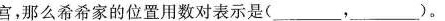
宫，那么希希家的位置用数对表示是(___，___)。